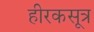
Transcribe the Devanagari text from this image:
हीरकसूत्र